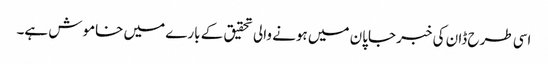
اسی طرح ڈان کی خبر جاپان میں ہونے والی تحقیق کے بارے میں خاموش ہے۔